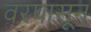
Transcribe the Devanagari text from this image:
वरपासून